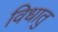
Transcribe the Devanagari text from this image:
विधातु